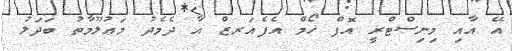
އޭ އާއި މިނިސްޓްރީ އޮފް ހޯމް އެފެއަރޒް އާ ދެމެދު މަޢުލޫމާތު ބަދަލު